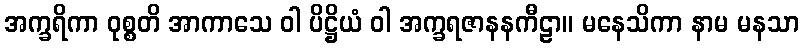
အက္ခရိကာ ဝုစ္စတိ အာကာသေ ဝါ ပိဋ္ဌိယံ ဝါ အက္ခရဇာနနကီဠာ။ မနေသိကာ နာမ မနသာ